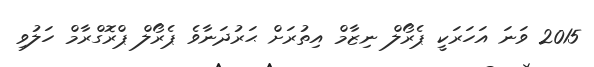
2015 ވަނަ އަހަރަކީ ޕެރޯލް ނިޒާމް އިތުރަށް ޙަރުދަނާވެ ޕެރޯލް ޕްރޮގްރާމް ހަލުވި